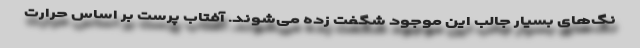
نگ‌های بسیار جالب این موجود شگفت زده می‌شوند. آفتاب پرست بر اساس حرارت